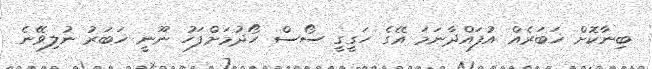
ބިނާކޮށް ޚަބަރެއް އުފައްދާނަމަ އޭގެ ހަގީގީ ސޯސް ހޯދުމަށްފަހު ނޫނީ ޚަބަރު ނުލިވޭނެ